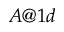
A @ 1 d